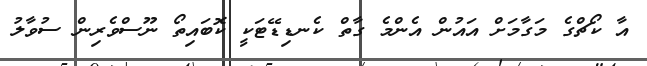
އާ ކޯޗްގެ މަގާމަށް އައުން އެންމެ ގާތް ކެނޑިޑޭޓަކީ ކޮބައިތޯ ނޫސްވެރިން ސުވާލު